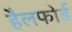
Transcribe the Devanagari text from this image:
हैलफोर्ड